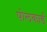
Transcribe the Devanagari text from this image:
पोलकार्ड